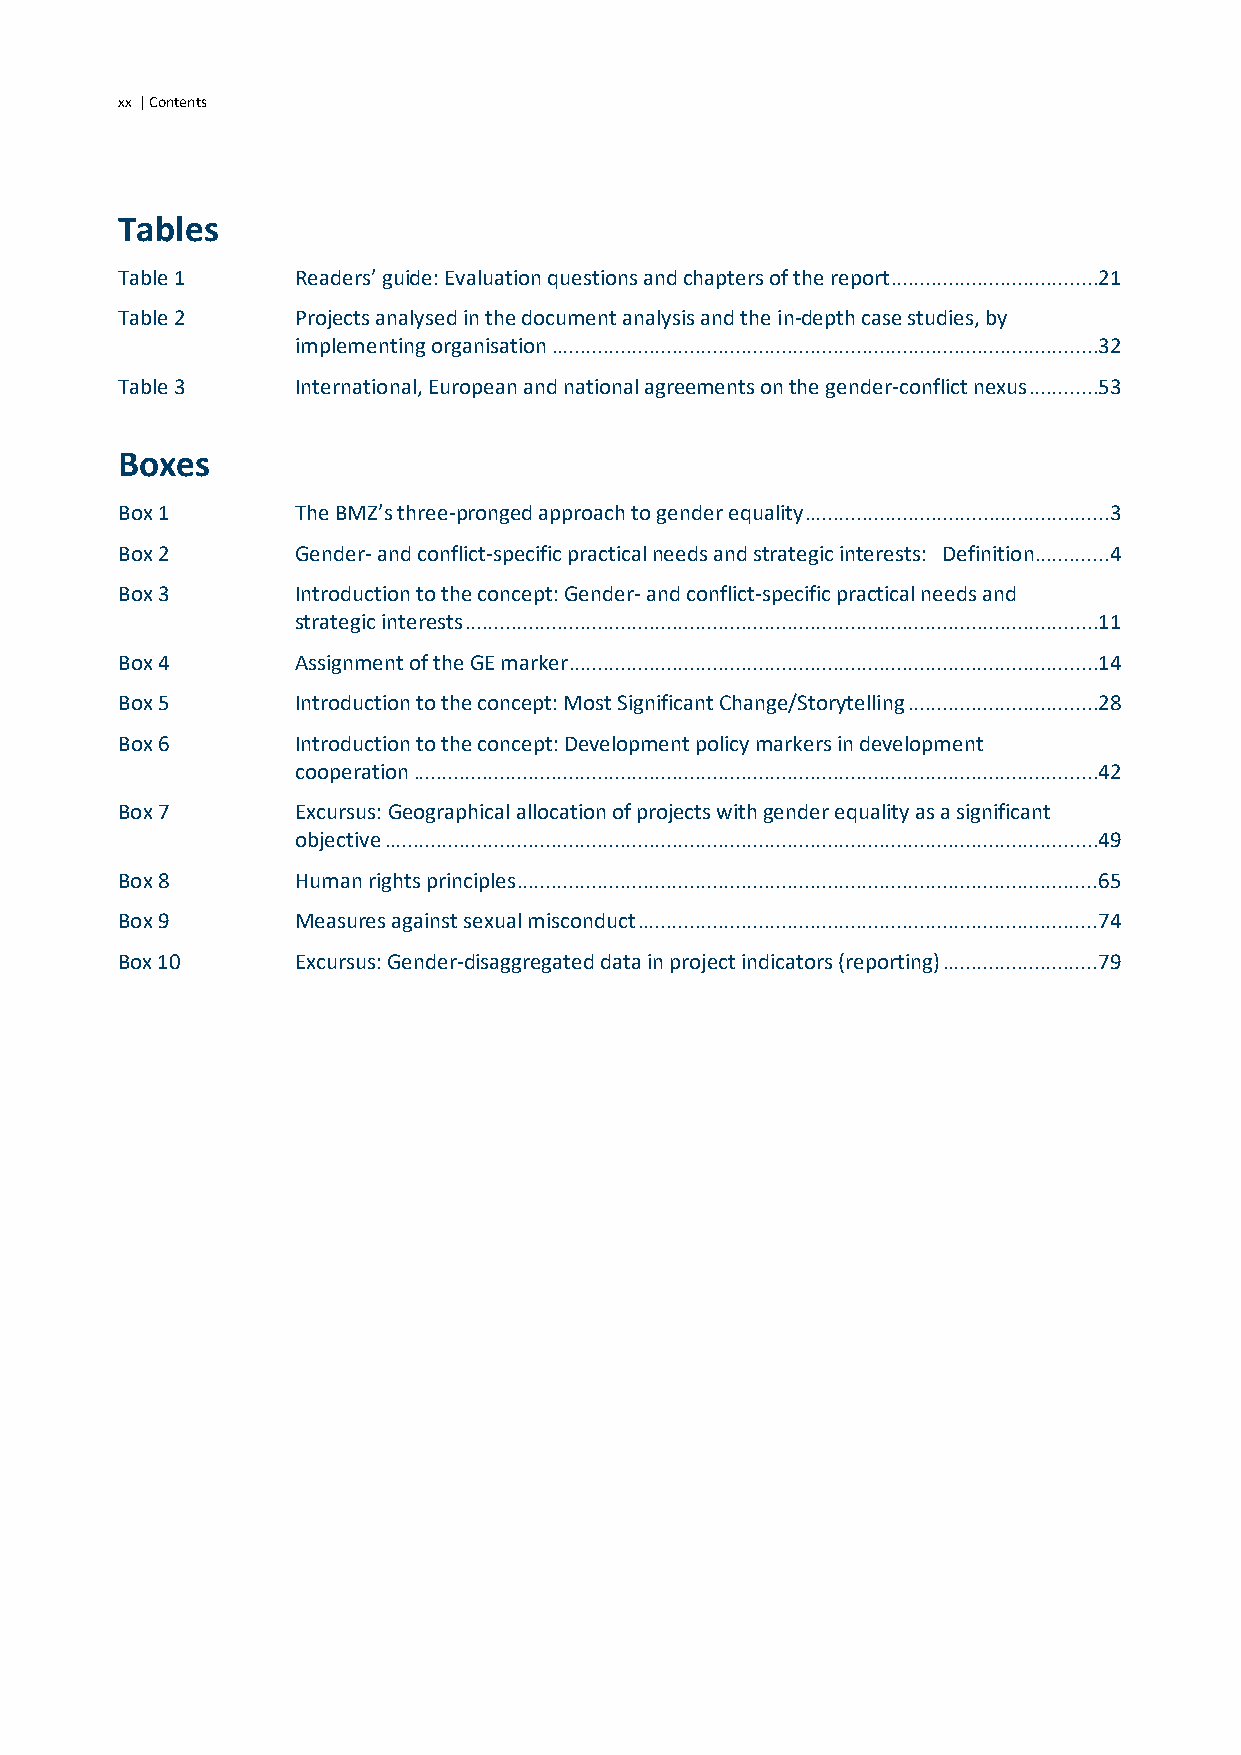
xx | Contents
 Tables
 Table 1     Readersʼ guide: Evaluation questions and chapters of the report ....................................21
 Table 2     Projects analysed in the document analysis and the in-depth case studies, by
 implementing organisation ...............................................................................................32
 Table 3     International, European and national agreements on the gender-conflict nexus ............53
 Boxes
 Box 1       The BMZ’s three-pronged approach to gender equality ..................................................... 3
 Box 2       Gender- and conflict-specific practical needs and strategic interests: Definition ............. 4
 Box 3       Introduction to the concept: Gender- and conflict-specific practical needs and
 strategic interests ..............................................................................................................11
 Box 4       Assignment of the GE marker ............................................................................................14
 Box 5       Introduction to the concept: Most Significant Change/Storytelling .................................28
 Box 6       Introduction to the concept: Development policy markers in development
 cooperation .......................................................................................................................42
 Box 7       Excursus: Geographical allocation of projects with gender equality as a significant
 objective ............................................................................................................................49
 Box 8       Human rights principles .....................................................................................................65
 Box 9       Measures against sexual misconduct ................................................................................74
 Box 10      Excursus: Gender-disaggregated data in project indicators (reporting) ...........................79